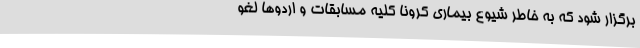
برگزار شود که به خاطر شیوع بیماری کرونا کلیه مسابقات و اردوها لغو